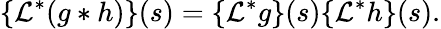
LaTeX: \{ {\mathcal{L}}^{*}(g*h)\} (s)=\{ {\mathcal{L}}^{*}g\} (s)\{ {\mathcal{L}}^{*}h\} (s).